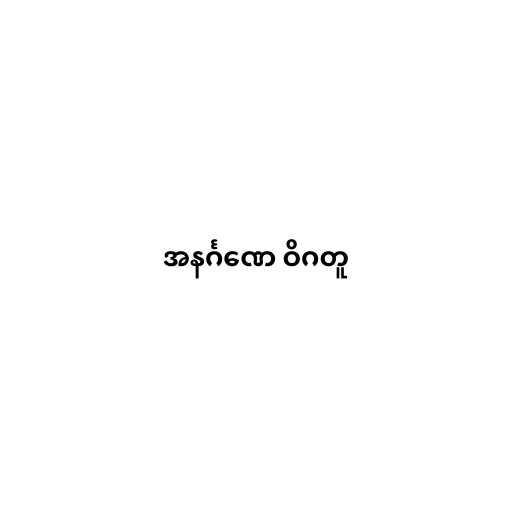
အနင်္ဂဏေ ဝိဂတူ